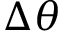
\Delta \theta